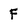
Character: F